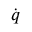
\dot { \boldsymbol { q } }